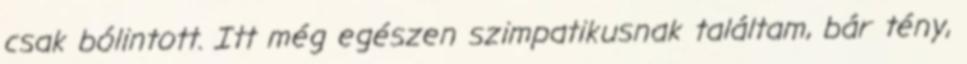
csak bólintott. Itt még egészen szimpatikusnak találtam, bár tény,